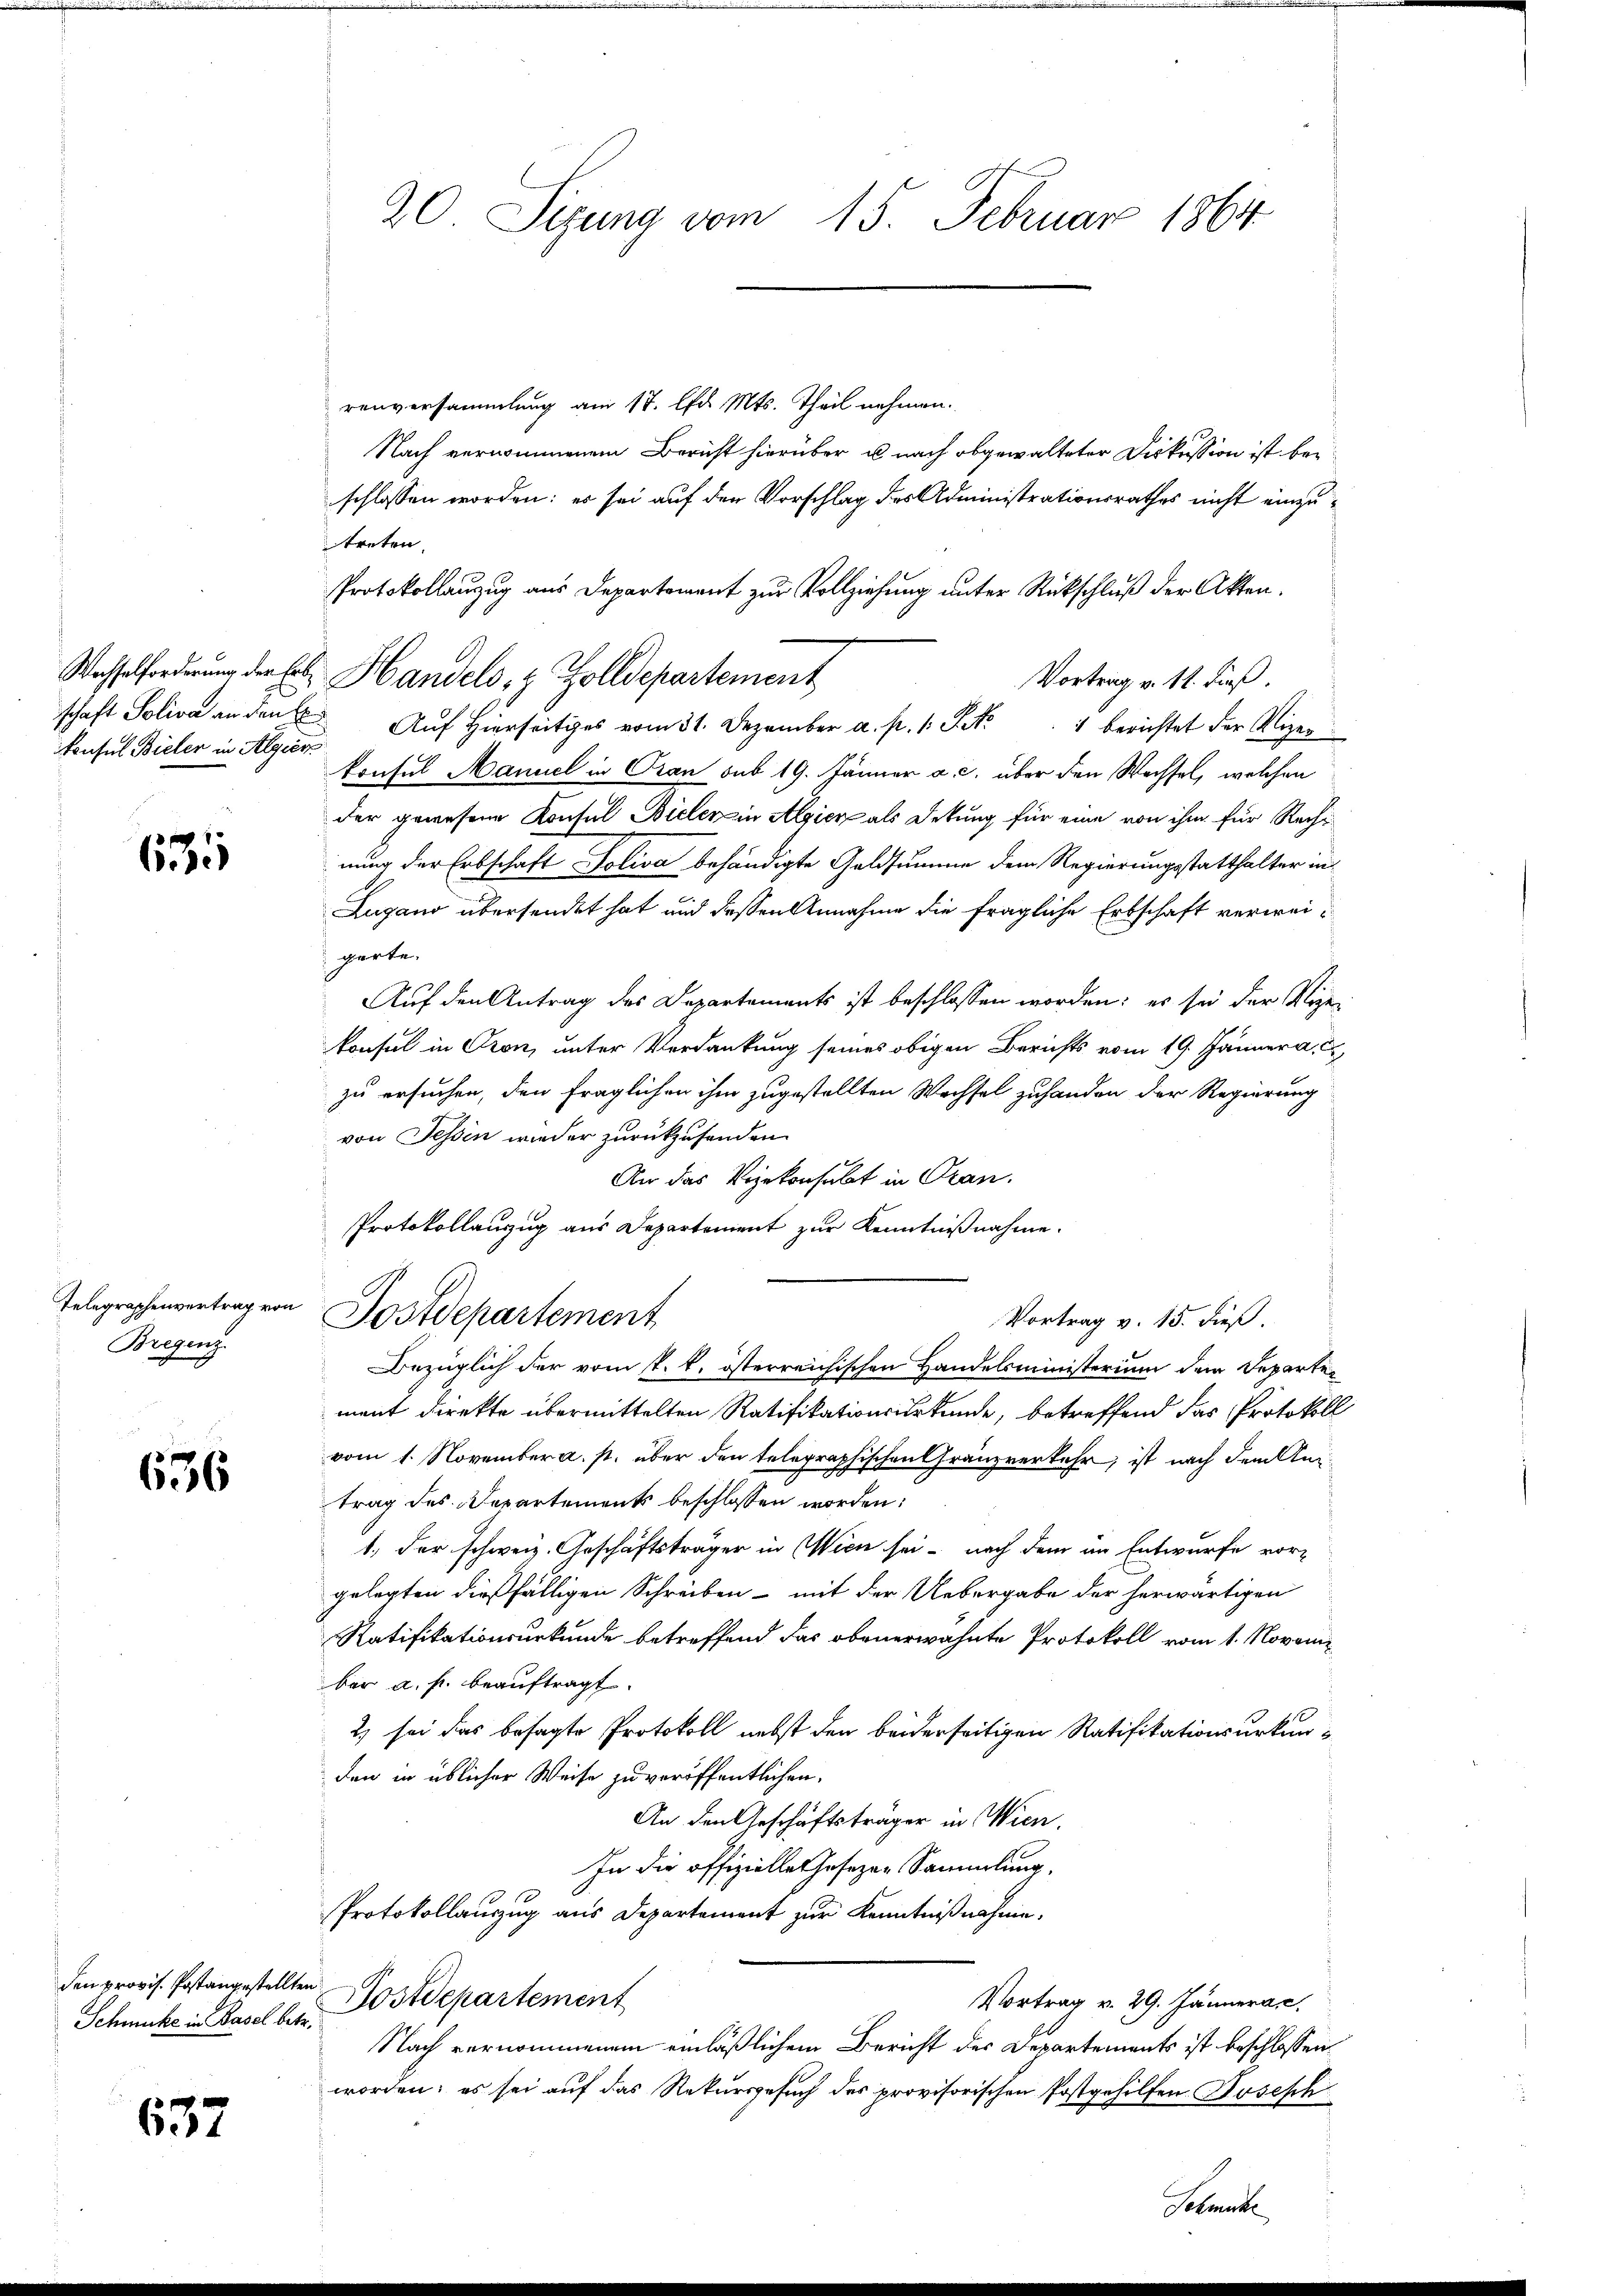
Konsul Bieler in Algier

655

Telegraphenvertrag von
Bregenz

656

renversammlung am 17. d. Mts. Theil nehmen.
Nach vernommenem Bericht hierüber u. nach obgewalteter Diskussion ist bei
schlossen worden; es sei auf den Vorschlag des Administrationsrathes nicht einzutreten,
Protokollanzug aus Departement zur Vollziehung unter Rückschluß der Akten.
Wachselforderung der hob Handels- & Zolldepartement
Vortrag v. 18. dieß.
schaft Soli an den Aŭf hierseits vom 31. Dezember a. p. 1 S. 1 berichtet der Vizer
konsul Manuel in Oran sub 19. Jänner a. c. über den Wechsel, welchen
der gewesene Konsul Bielen in Algien als Deckung für eine von ihm für Recht
nung der Erbschaft Soliva behändigte Geldsumme dem Regierungsstatthalter in
Lugano übersendet hat und dessen Annahme die fragliche Erbschaft verweigarte.
Auf den Antrag des Departements ist beschlossen worden: es sie der Vize
konsul in Pron, unter Verdankung seines obigen Berichts vom 19. Jänner a.
zu ersuchen, den fraglichen ihm zugestellten Wechsel zuhanden der Regierung
von Tessin wieder zurückzusenden.
An das Vizekonsubt in Oran.
Protokollanzug aus Departement zur Kenntnißnahme.
Postdepartement
Vortrag v. 15. dieß.
Bezüglich der vom 1. k. österreichischen Handelsministerium dem Departement direkte übermittelten Ratifikationsurkunde, betreffend das Protokoll
vom 1. November a. p. über den telegraphischen Gränzverkehr, ist nach dem Antrag des Departements beschlossen worden:
1., der schweiz. Geschäftsträger in Wien sei - nach dem im Entwurfe vor-
gelegten dießfälligen Schreiben - mit der Uebergabe der herwärtigen
Ratifikationsurkunde betreffend das obenerwähnte Protokoll vom 1. Novem
ber a. p. beauftragt.
2) sei das besagte Protokoll nebst den beiderseitigen Ratifikationsurkunden in üblicher Weise zu veröffentlichen
An den Geschäftsträger in Wien.
In die offizielle Gesezen Sammlung.
Protokollauszug aus Departement zur Kenntnißnahme.
Tostdepartement
Vortrag v. 29. Jännerar.
Nach vernommenem einläßlichem Bericht der Departements ist beschlossen,
worden; es sei auf das Rekursgesuch des provisorischen Postgehilfen Boseph

den provis. Postangestellten
Schmucke in Basel betr.

637

20 Sizung vom 15. Februar 1864

Sekrete